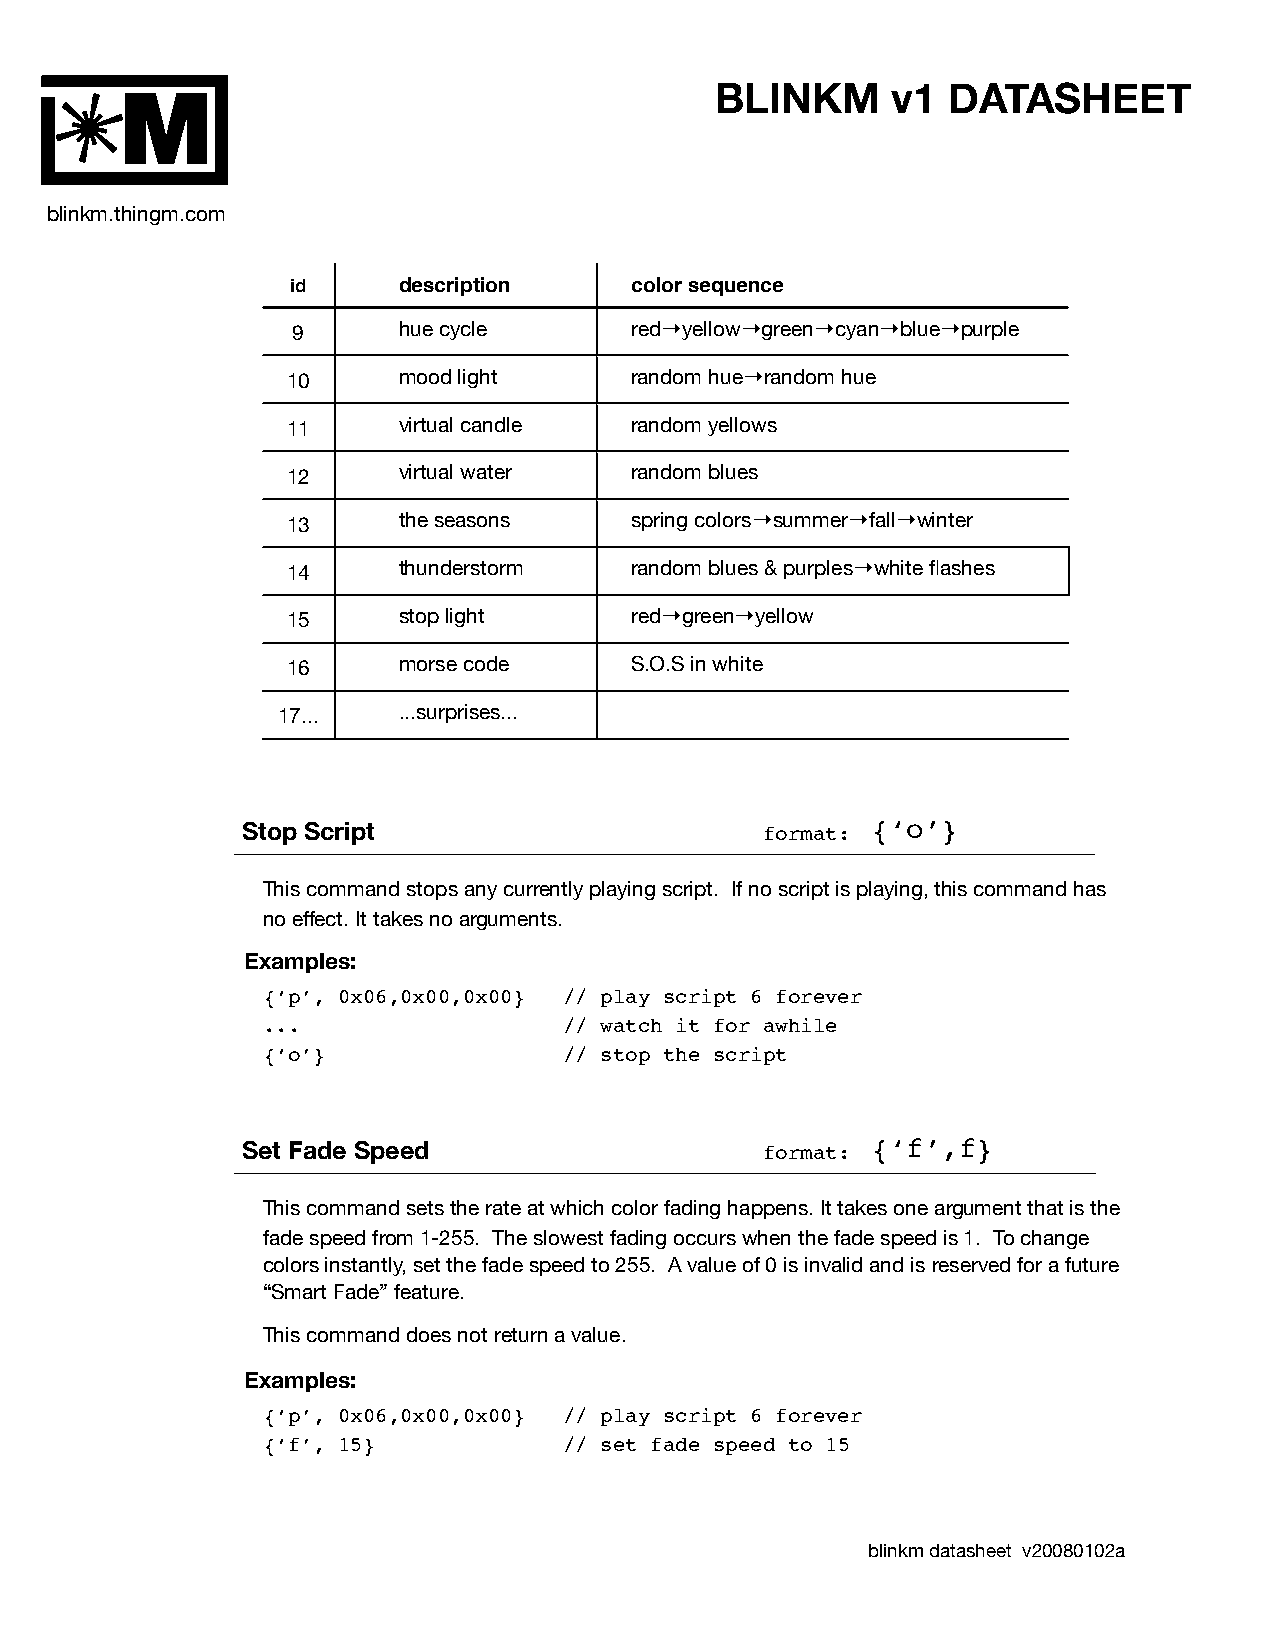
BLINKM      v1  DATASHEET
 M
 blinkm.thingm.com
 id     description     color sequence
 9      hue cycle       red→yellow→green→cyan→blue→purple
 10     mood light      random hue→random hue
 11     virtual candle  random yellows
 12     virtual water   random blues
 13     the seasons     spring colors→summer→fall→winter
 14     thunderstorm    random blues & purples→white flashes
 15     stop light      red→green→yellow
 16     morse code      S.O.S in white
 17...   ...surprises...
 Stop Script                       format: {‘o’}
 This command stops any currently playing script. If no script is playing, this command has
 no effect. It takes no arguments.
 Examples:
 {‘p’, 0x06,0x00,0x00} // play script 6 forever
 ...                 // watch it for awhile
 {‘o’}               // stop the script
 Set Fade Speed                    format: {‘f’,f}
 This command sets the rate at which color fading happens. It takes one argument that is the
 fade speed from 1-255. The slowest fading occurs when the fade speed is 1. To change
 colors instantly, set the fade speed to 255. A value of 0 is invalid and is reserved for a future
 “Smart Fade” feature.
 This command does not return a value.
 Examples:
 {‘p’, 0x06,0x00,0x00} // play script 6 forever
 {‘f’, 15}           // set fade speed to 15
 blinkm datasheet v20080102a